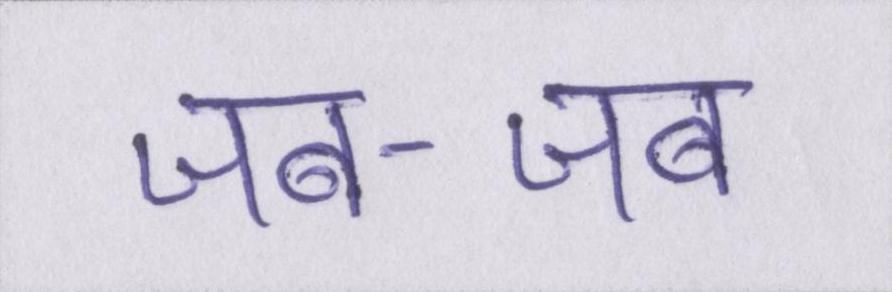
जब-जब